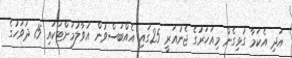
އަދި އެކަމާ ގުޅިގެން މިއަހަރުގެ ޖެނުއަރީ 25ގައި އެއްބަސްވުން އުވާލުމަށްޓަކައި 15 ދުވަހުގެ